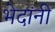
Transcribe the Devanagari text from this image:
भेदांनी